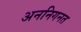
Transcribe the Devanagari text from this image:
अननिगनत